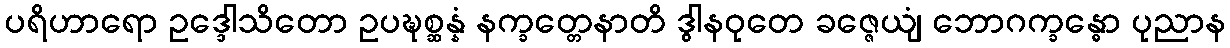
ပရိဟာရော ဥဒ္ဒေါသိတော ဥပဍ္ဎစ္ဆန္နံ နက္ခတ္တေနာတိ ဒွါနဝုတေ ခဇ္ဇေယျံ ဘောဂက္ခန္ဓော ပုညာန